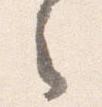
之